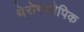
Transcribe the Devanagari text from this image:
थेरोस्कोपिक